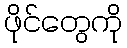
ဖိုင်တွေကို